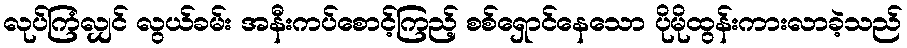
လုပ်ကြံလျှင် လွယ်ခမ်း အနီးကပ်စောင့်ကြည့် စစ်ရှောင်နေသော ပိုမိုထွန်းကားလာခဲ့သည်